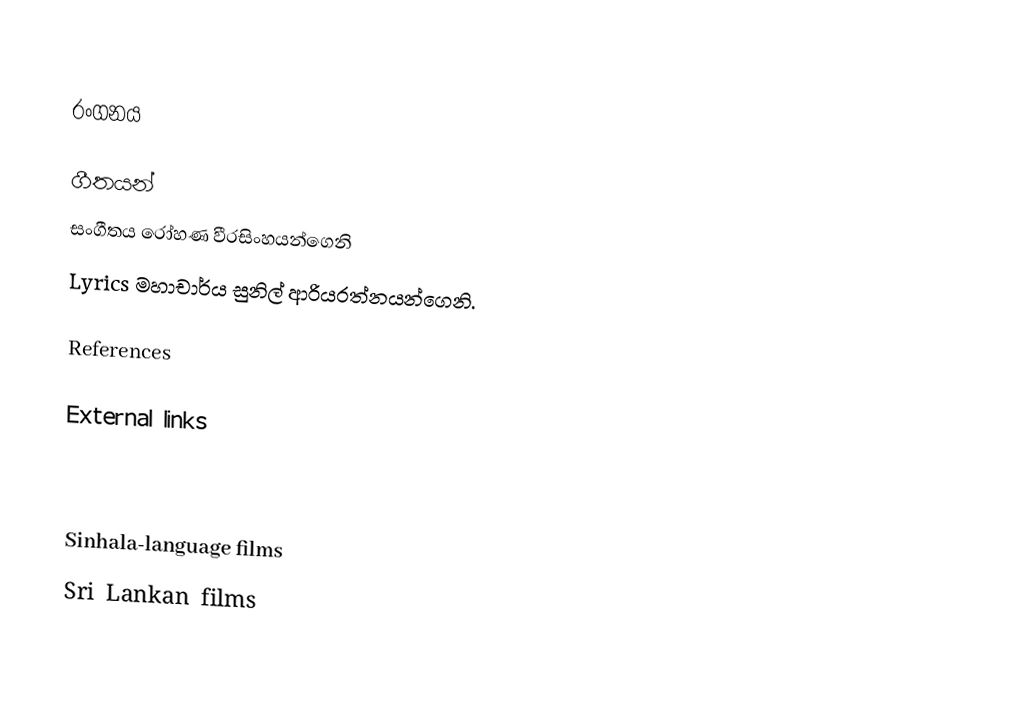

රංගනය

ගීතයන්
සංගීතය රෝහණ වීරසිංහයන්ගෙනි
Lyrics මහාචාර්ය සුනිල් ආරියරත්නයන්ගෙනි.

References

External links

Sinhala-language films
Sri Lankan films